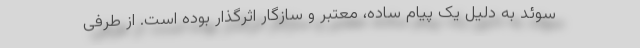
سوئد به دلیل یک پیام ساده، معتبر و سازگار اثرگذار بوده است. از طرفی